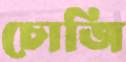
চোজি